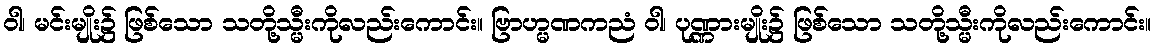
ဝါ၊ မင်းမျိုး၌ ဖြစ်သော သတို့သ္မီးကိုလည်းကောင်း။ ဗြာဟ္မဏကညံ ဝါ၊ ပုဏ္ဏားမျိုး၌ ဖြစ်သော သတို့သ္မီးကိုလည်းကောင်း။